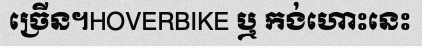
ច្រើន។HOVERBIKE ឬ កង់ហោះនេះ